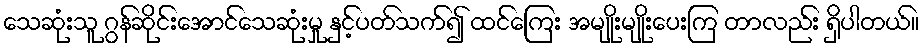
သေဆုံးသူ ဂွန်ဆိုင်းအောင်သေဆုံးမှု နှင့်ပတ်သက်၍ ထင်ကြေး အမျိုးမျိုးပေးကြ တာလည်း ရှိပါတယ်။